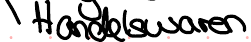
Handelswaren